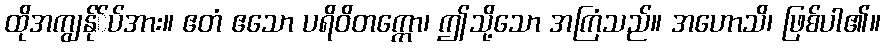
ထိုအကျွန်ု်ပ်အား။ ဧတံ ဧသော ပရိဝိတက္ကော၊ ဤသို့သော အကြံသည်။ အဟောသိ၊ ဖြစ်ပါ၏။